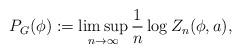
LaTeX: \begin{align*}P_{G}(\phi):=\limsup\limits_{n\rightarrow\infty}\frac{1}{n}\log Z_n(\phi,a),\end{align*}